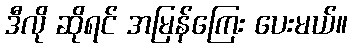
ဒီလို ဆိုရင် အမြန်ကြေး ပေးမယ်။